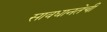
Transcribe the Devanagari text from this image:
सावधानतेची